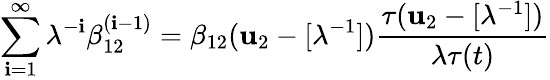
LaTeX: \sum_{\mathbf{i}=1}^{\infty}\lambda^{-\mathbf{i}}\beta_{12}^{(\mathbf{i}-1)}=\beta_{12}({\mathbf{u}_{2}}-[\lambda^{-1}])\frac{{\tau({\mathbf{u}_{2}}-[\lambda^{-1}])}}{{\lambda\tau(t)}}